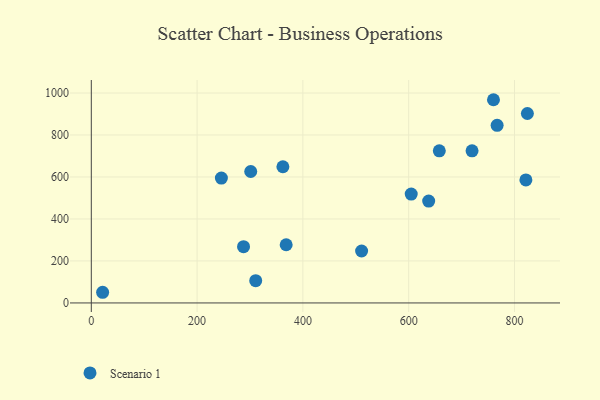
{"axis": {"x": "Engine Size", "y": "Profit"}, "legend": ["Scenario 1"], "data": [{"x": "287.8", "y": 268.0, "type": "Scenario 1"}, {"x": "21.4", "y": 50.8, "type": "Scenario 1"}, {"x": "368.4", "y": 277.2, "type": "Scenario 1"}, {"x": "511.0", "y": 247.3, "type": "Scenario 1"}, {"x": "301.4", "y": 626.2, "type": "Scenario 1"}, {"x": "821.6", "y": 586.2, "type": "Scenario 1"}, {"x": "657.9", "y": 724.6, "type": "Scenario 1"}, {"x": "719.8", "y": 724.5, "type": "Scenario 1"}, {"x": "824.4", "y": 902.5, "type": "Scenario 1"}, {"x": "362.2", "y": 648.7, "type": "Scenario 1"}, {"x": "767.2", "y": 846.1, "type": "Scenario 1"}, {"x": "310.8", "y": 106.0, "type": "Scenario 1"}, {"x": "637.8", "y": 485.2, "type": "Scenario 1"}, {"x": "245.9", "y": 595.0, "type": "Scenario 1"}, {"x": "604.8", "y": 518.8, "type": "Scenario 1"}, {"x": "760.3", "y": 968.0, "type": "Scenario 1"}]}